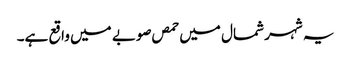
یہ شہر شمال میں حمص صوبے میں واقع ہے۔